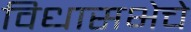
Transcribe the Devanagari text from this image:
विधासभेचे